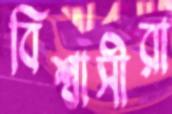
বিশ্বাসীরা